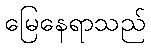
မြေနေရာသည်